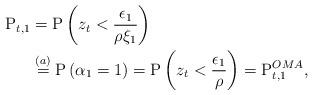
LaTeX: \begin{align*}\mathrm{P}_{t,1} &= \mathrm{P}\left( z_t<\frac{\epsilon_1}{\rho\xi_1} \right)\\ &\overset{(a)}{=} \mathrm{P}\left( \alpha_1=1 \right)= \mathrm{P}\left( z_t<\frac{\epsilon_1}{\rho } \right)=\mathrm{P}^{OMA}_{t,1},\end{align*}